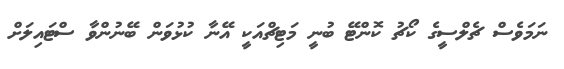
ނަމަވެސް ޗެލްސީގެ ކޯޗު ކޮންޓޭ ބުނީ މަޓިޗްއަކީ އޭނާ ކުޅުވަން ބޭނުންވާ ސްޓައިލަށް